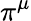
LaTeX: \pi^{\mu}